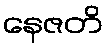
နေဇတိ